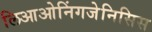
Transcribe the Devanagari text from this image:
लिआओनिंगजेनिसिस